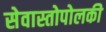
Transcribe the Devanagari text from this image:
सेवास्तोपोलकी